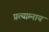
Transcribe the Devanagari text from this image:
प्रत्याम्नाय